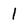
Character: 1